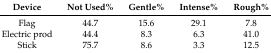
<table><thead><tr><td><b>Device</b></td><td><b>Not Used%</b></td><td><b>Gentle%</b></td><td><b>Intense%</b></td><td><b>Rough%</b></td></tr></thead><tbody><tr><td>Flag</td><td>44.7</td><td>15.6</td><td>29.1</td><td>7.8</td></tr><tr><td>Electric prod</td><td>44.4</td><td>8.3</td><td>6.3</td><td>41.0</td></tr><tr><td>Stick</td><td>75.7</td><td>8.6</td><td>3.3</td><td>12.5</td></tr></tbody></table>